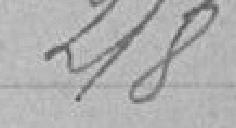
218